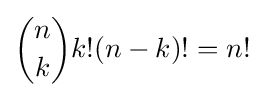
{\binom {n}{k}}k!(n-k)!=n!